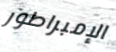
الإمبراطور